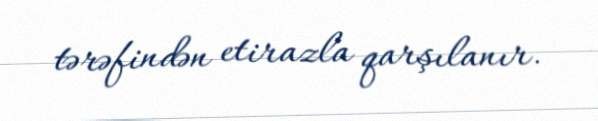
tərəfindən etirazla qarşılanır.